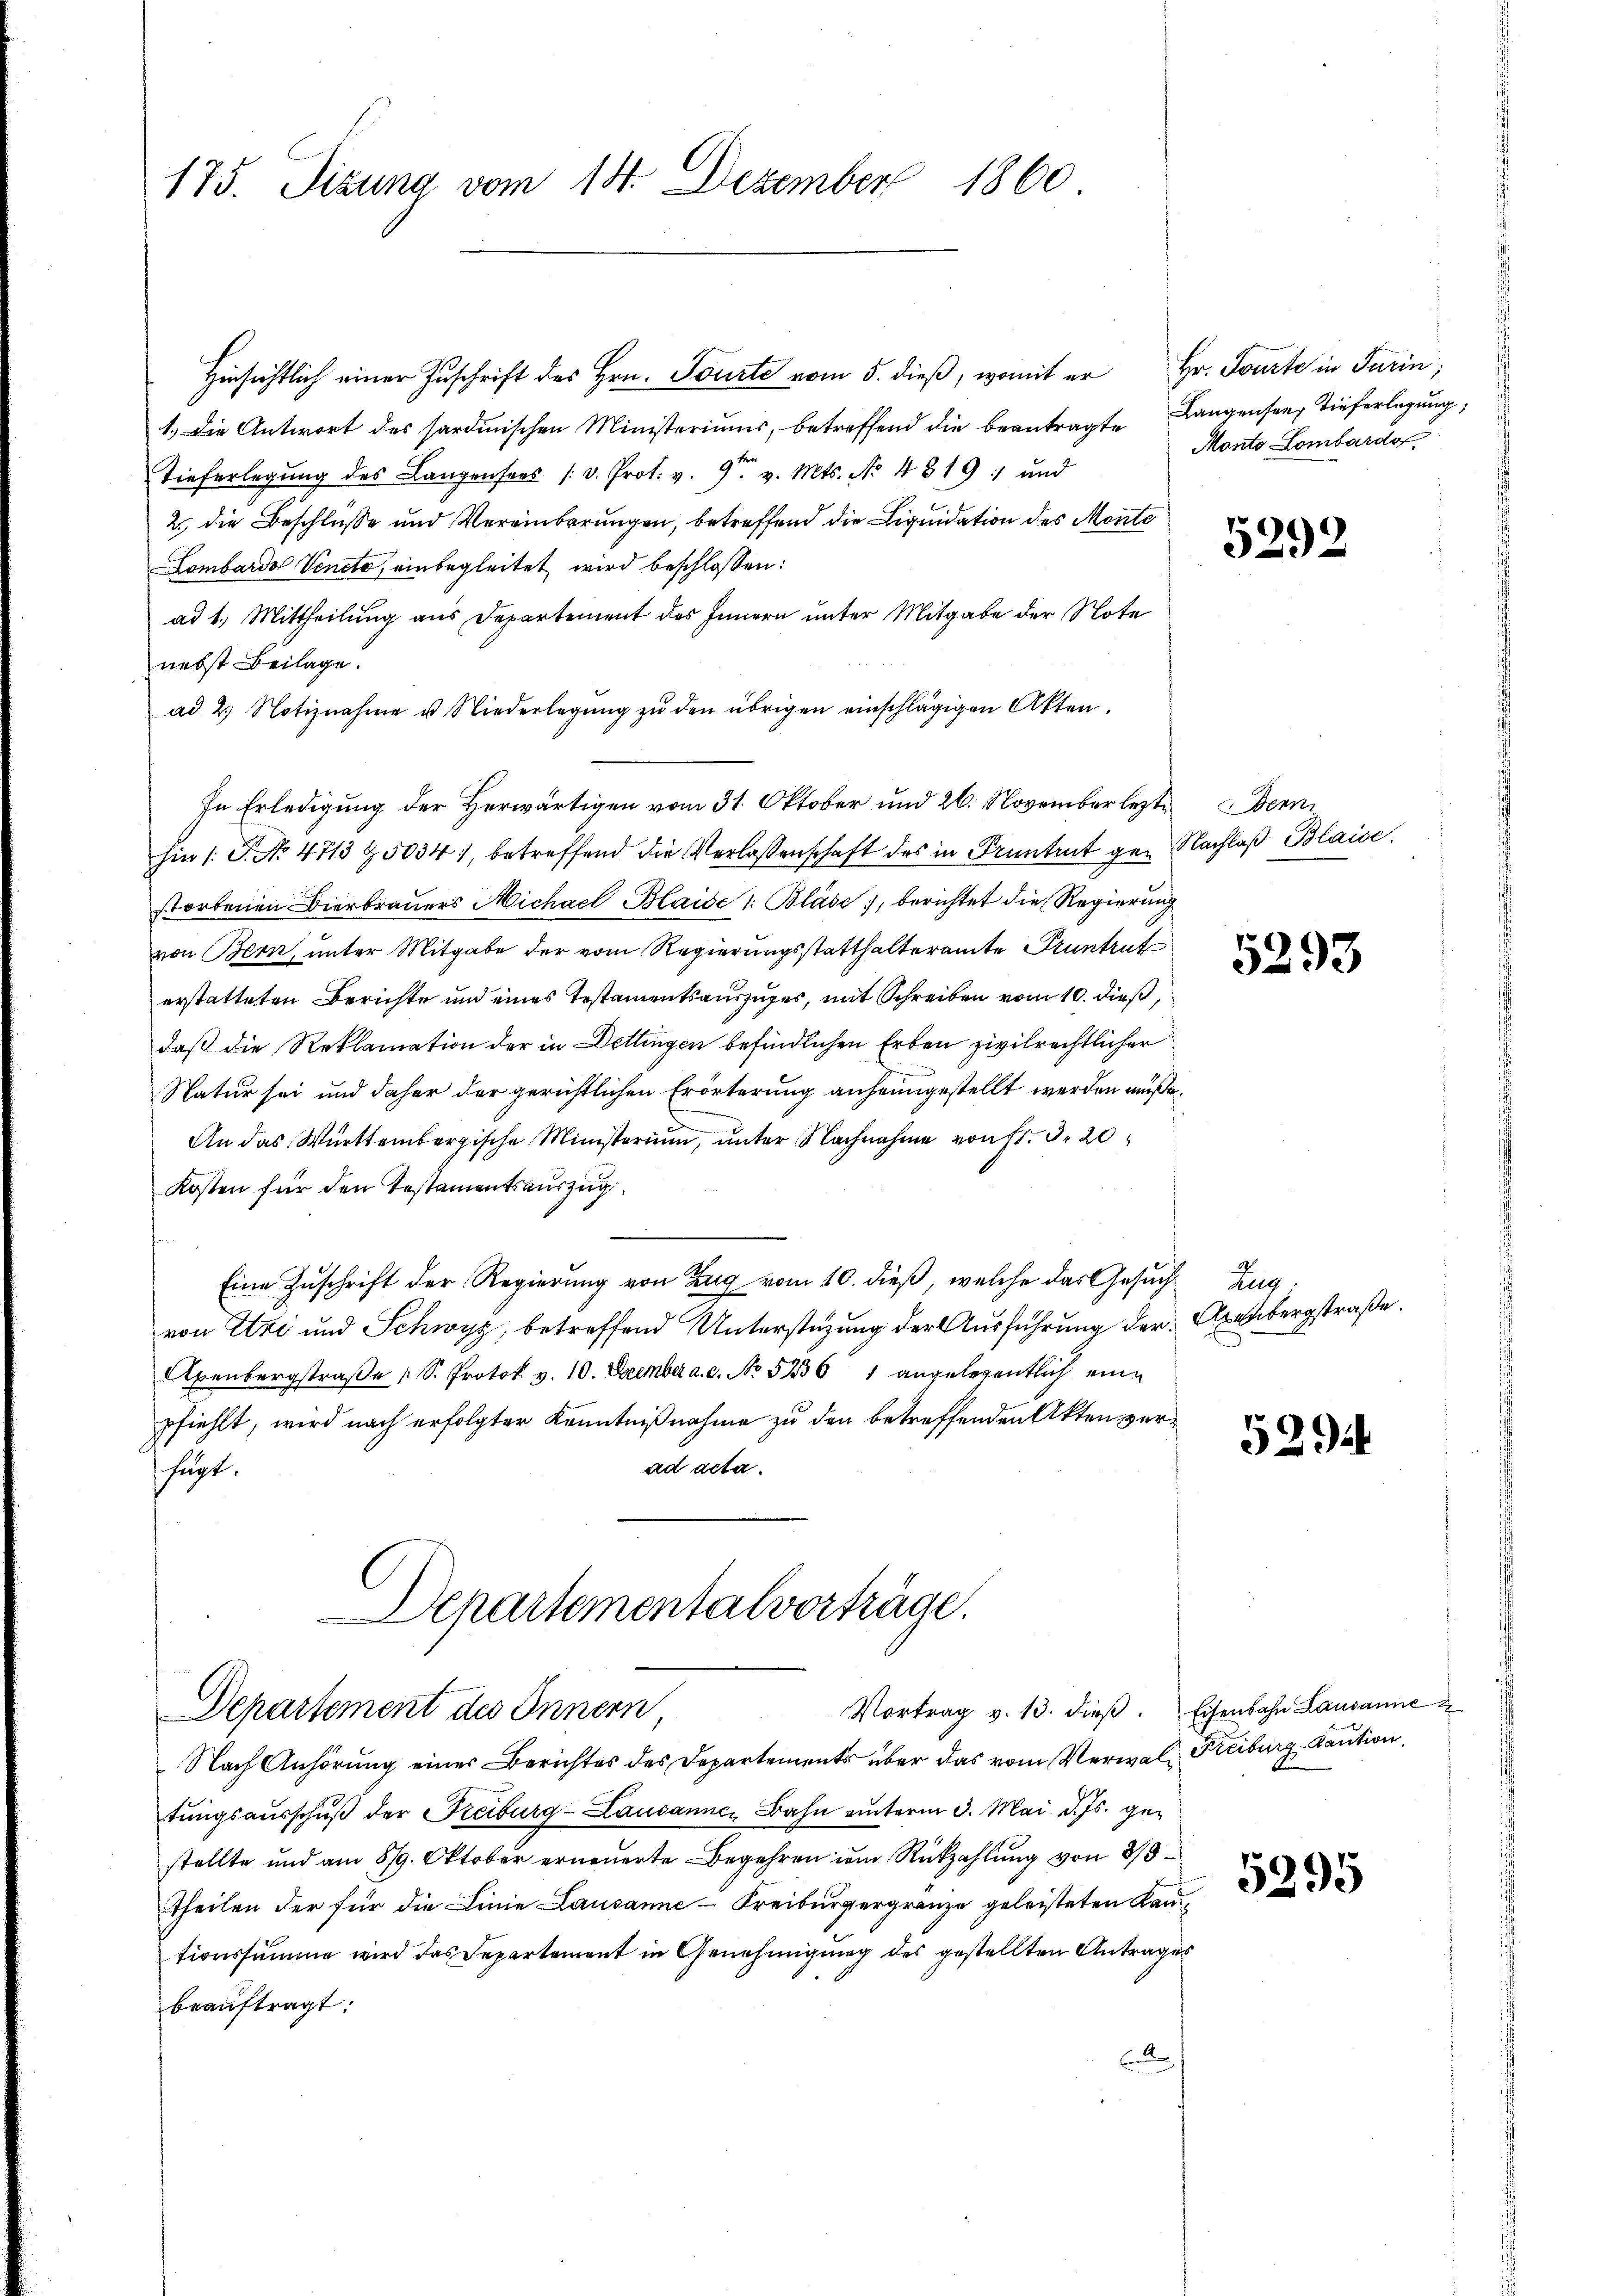
175. Sizung vom 18. Dezember 1860

Hinsichtlich einer Zuschrift des Hrn. Tourte vom 5. dieß, womit er
1.) Die Antwort des sardinischen Ministeriums, betreffend die beantragte Langensees Tieferlegung,
Tieferlegŭng des Langensees /: d. Prot. v. 9. v. Mts. No 4819: und
2., die Beschlüsse und Vereinberungen, betreffend die Liquidation des Monte
Lombardo Veneto, einbegleitet wird beschlossen:
ad 1. Mittheilung aus Departement des Innern unter Mitgabe der Note
nebst Beilage.
ad. 2. Notiznahme u. Niederlegŭng zu den übrigen einschlägigen Akten.
In Erledigung der Herwärtigen vom 31. Oktober und 26. November lezte Wenn
hin /: P. No. 4713 & 5034), betreffend die Verlassenschaft des in Frantent gen Nachlaβ Blaise.
storbenen Bierbrauers Michael Blaise 1: Bläse, berichtet die Regierung
von Bern, unter Mitgabe der vom Regierungsstatthalteramte Pruntrut
erstatteten Berichte und eines Testamentsauszuges, mit Schreiben vom 10. dieß,
daß die Reklamation der in Dettingen befindlichen Erben zivilrechtlicher
Natur sei und daher der gerichtlichen Erörterung anheimgestellt werden müsse.
An das Württembergische Ministerium, unter Nachnahme von Fr. 3. 20
Kosten für den Testamentsauszug
e
Eine Zuschrift der Regierung von Zug vom 10. dieß, welche das Gesuch
von Etzi und Schwyz, betreffend Unterstüzung der Ausführung der Axenbergstraße.
Axenbergstraße [S. Protok v. 10. Dezember a. c. No 5236 1 angelegentlich eine
pfiehlt, wird nach erfolgter Kenntnißnahme zu den betreffenden Akten verad acta.
fügt.
Departementalvorträge.
Vortrag v. 13. dieβ. Eisenbahn Lausanne
Departement des Innern
Nach Anhörung eines Berichtes des Departements über das vom Verwal-Freiburg - Kaution,
tungsausschuß der Freiburg-Lausanner Bahn unterm 3. Mai d. Js. gestellte und am 879. Oktober erneuerte Begehren dem Rückzahlung von 2/3
theilen der für die Linie Lausanne-Freiburgergränze geleisteten Kantionssumme wird das Departement in Genehmigung des gestellten Antrages
beauftragt:

Hr. Toute in Turin;
Monto Lombardo

5292

5293

Zug.

529

5295